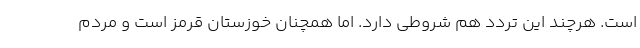
است. هرچند این تردد هم شروطی دارد. اما همچنان خوزستان قرمز است و مردم